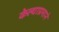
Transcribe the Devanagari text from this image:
केल्याप्रमाने